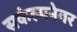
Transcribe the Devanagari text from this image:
सकंल्पनेवर